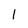
Character: 1